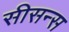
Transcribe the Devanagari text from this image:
सीसन्स